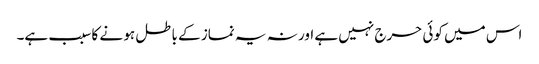
اس میں کوئی حرج نہیں ہے اور نہ یہ نماز کے باطل ہو نے کا سبب ہے۔